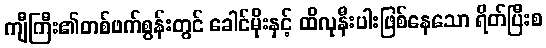
ကျီကြီး၏တစ်ဖက်စွန်းတွင် ခေါင်မိုးနှင့် ထိလုနီးပါးဖြစ်နေသော ရိတ်ပြီးစ